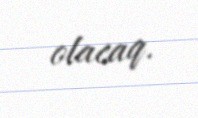
olacaq.